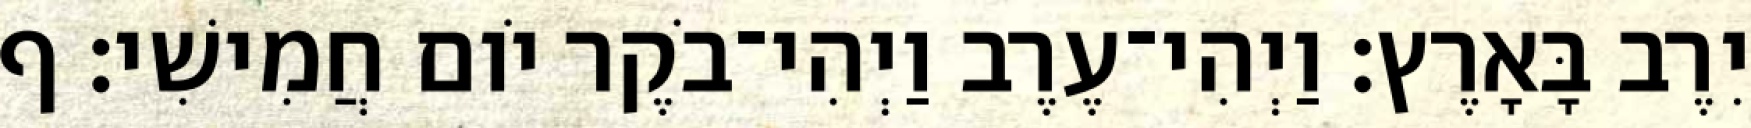
יִרֶב בָּאָרֶץ׃ וַיְהִי־עֶרֶב וַיְהִי־בֹקֶר יֹום חֲמִישִׁי׃ ף